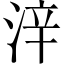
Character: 㳯